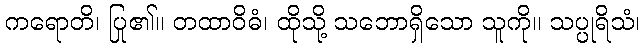
ကရောတိ၊ ပြု၏။ တထာဝိဓံ၊ ထိုသို့ သဘောရှိသော သူကို။ သပ္ပုရိသံ၊